Annual report on the health of the army in India
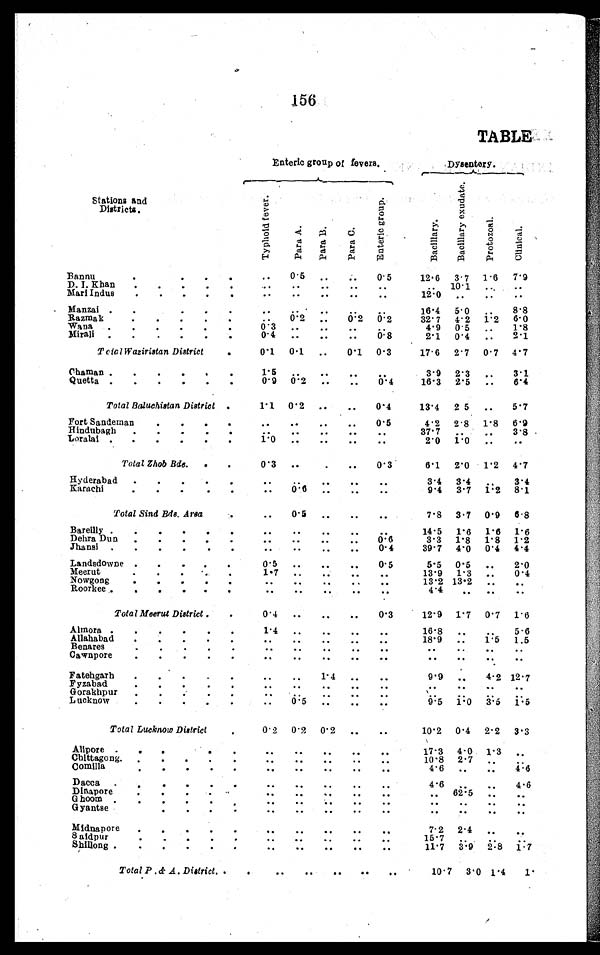
156
Enteric group of fevers.
TABLE,
Dysenter y.
Stations and
Districts .
T y p h o l d f e v e r .
P a r a A .
P a r a B .
P a r a C .
E n t e r i c g r o u p .
B a c i l l a r y .
B a c i l l a r y e x u d a t e . Pr ot ozal .
C l l n i c a l
Bannu . . .
. . .
0.5
. . .
. . .
0.5
12.6 3.7 1.6 7.9
. . .
. . .
. . .
. . .
. . .
. . .
10.1 . . .
. . .
D.I. Khan . . .
12.0
Mari Indus . . .
. . .
. . .
. . .
. . .
. . .
. . .
. . .
. . .
M a n z a i . . .
. . .
. . .
. . .
. . .
. . . 16.4 5.0 . . .
8. 8
6.0
1.2
. . .
0.2
. . .
0.2 0.2
32.7 4.2
R a z m a k . . .
1. 8
. . .
. . .
. . .
. . .
. . .
4.9 0. 5 . . .
Wana . . .
2.1
0.4
. . .
. . .
. . .
0.8
2.1 0.4 . . .
Mirali . . .
0.1 0.1
. . .
0.1
0.3
17.6 2 . 7 0 . 7 4.7
Tcic I Waziristan District. . .
Chaman . . .
. . .
. . .
. . .
. . .
. . .
3.9
2. 3 . . .
3.1
0. 9
0.2
. . .
. . .
0.4
18.3
2. 5 . . .
6.4
Quetta . . .
1.1
0. 2
. . .
. . .
0.4
13.4
2. 5 . . .
5 .7
Total Baluchistan District . . .
Fort Sandman . . .
. . .
. . .
. . .
. . .
0.5
4.2
2. 8 1 . 8 6.9
. . .
. . .
. . .
. . .
37.7
. . .
. . .
3.8
. . .
II indubagh . . .
1 . 0
. . .
. . .
. . .
. . .
2.0 1.0 . . .
. . .
Loralai . . .
0.3
. . .
. . .
. . .
0.3
6.1 2.0 1.2 4.7
Total Zhob Bde . . .
Hyderabad . . .
. . .
. . .
. . .
. . .
. . .
3.4
3 . 4
. . .
3.4
0.6
. . .
. . .
. . .
9.4
3.7
1.2
8.1
. . .
Karachi
Total Sind Ede. Area. . .
. . .
. . .
. . .
. . .
. . .
7. 8 3 . 7 0.9 6.8
. . .
. . .
. . .
. . .
. . .
14.5
1. 6 1.6 1.6
Bareilly . . .
. . .
. . .
. . .
. . .
0.6
3.3 1. 8 1.8 1.2
Dehra Dun . . .
. . .
. . .
. . .
. . .
0.4
39.7
4.0
0.4
4.4
Jhansi . . .
Landsdowne . . .
0.5
. . .
. . .
. . .
0.5
5. 5 0. 5
. . .
2.0
. . .
. . .
. . .
. . .
. . .
13.9 1.3
. . .
0.4
Meerut . . .
. . .
. . .
. . .
. . .
. . .
13.2 13.2
. . .
. . .
Nowgong . . .
. . .
. . .
. . .
. . .
. . .
. . .
. . .
. . .
. . .
Roorkee . . .
0.4
. . .
. . .
. . .
0.3
12.9
1. 7 0.7 1.6
Total Meerut District . . .
A1mora . . .
. . .. . .
. . .
. . .
. . .
16.8
. . .
. . . 5. 6
. . .
. . .
. . .
. . .
. . .
18.9
. . .
1.5 1.5
Allahabad . . .
. . .
. . .
. . .
. . .
. . .
. . .
. . .
. . .
. . .
Benares . . .
. . .
. . .
. . .
. . .
. . .
. . .
. . .
. . .
. . .
Cawnpore . . .
. . .
. . .
1.4
9.9
. . .
4.2 12.7
•
Eatehgarh . . .
. . .
. . .
. . .
. . .
. . .
. . .
. . .
. . .
. . .
F yzabad . . .
. . .
. . .
. . .
. . .
. . .
. . . . . .
. . .
. . .
Gorakhpur . . .
. . .
0.5
. . .
. . .
. . .
9.15
1. 0
3.5
1 . 5
Lucknow. . .
0.2
0.2
0. 2
. . .
. . .
10.2
0 . 4
2.2 3.3
Total Lucknow District . . .
. . .
. . .
. . .
. . .
. . .
17.3
4 . 0 1.3
. . .
Alipore . . .
. . .
. . .
. . .
. . .
. . .
10.8
2.7
. . .
. . .
Chittagong . . .
. . .
. . .
. . .
. . .
. . .
4.6
. . .
. . .
4.5
Comilla . . .
. . .
. . .
. . .
. . .
. . .
4.6
. . .
. . .
4.6
Dacca . . .
. . .
. . .
. . .
. . .
. . .
. . .
62.5
. . .
. . .
D i n a p o r e . . .
. . .
. . .
. . .
. . .
. . .
. . .
. . .
. . .
. . .
Ghoom
. . .
. . .
. . .
. . .
. . .
. . .
. . .
. . .
. . .
G yantse . . .
. . .
. . .
. . .
. . .
. . .
7. 2 2.4
. . .
. . .
Midnapore . . .
. . .
. . .
. . .
. . .
. . .
15.7 . . .
. . .
. . .
S a i d p u r . . .
. . .
. . .
. . .
. . .
. . .
11.7
3.9
2 . 8
1.7
Shillong . . .
Total P.& A. District.. . .
10.7
3.0 1.4
1.